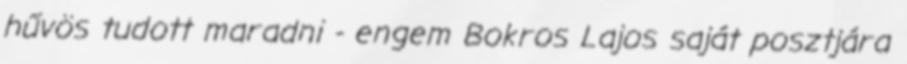
hűvös tudott maradni - engem Bokros Lajos saját posztjára